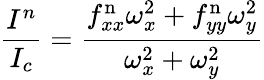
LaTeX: \frac{I^{n}}{I_{c}}=\frac{f_{xx}^{\mathrm{n}}\omega_{x}^{2}+f_{yy}^{\mathrm{n}}\omega_{y}^{2}}{\omega_{x}^{2}+\omega_{y}^{2}}